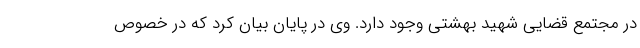
در مجتمع قضایی شهید بهشتی وجود دارد. وی در پایان بیان کرد که در خصوص